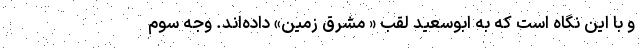
و با این نگاه است که به ابوسعید لقب « مشرق زمین» داده‌اند. وجه سوم